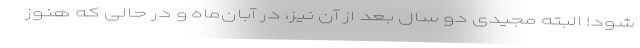
شود! البته مجیدی دو سال بعد از آن نیز، در آبان‌ماه و در حالی که هنوز